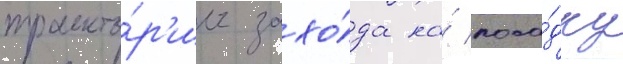
траекто́р'ии захо́да на́ поса́дку